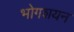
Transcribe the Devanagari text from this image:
भोगशयन